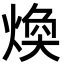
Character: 煥